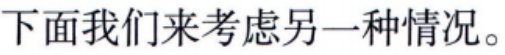
下面我们来考虑另一种情况。